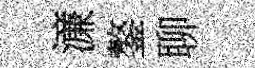
濓鏊聊